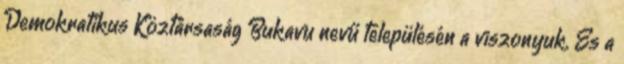
Demokratikus Köztársaság Bukavu nevű településén a viszonyuk. És a